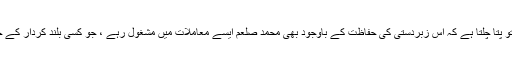
باقی جب مزید تفصیل میں جائیں تو پتا چلتا ہے کہ اس زبردستی کی حفاظت کے باوجود بھی محمد صلعم ایسے معاملات میں مشغول رہے ، جو کسی بلند کردار کے حامل سے توقع نہیں کی جا سکتی۔